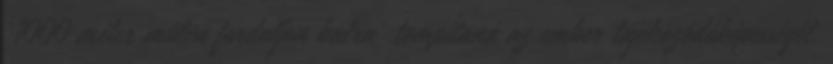
'1000 méter múlva forduljon balra' tompítaná az ember tájékozódóképességét.